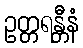
ဥတ္တရန္တီနံ